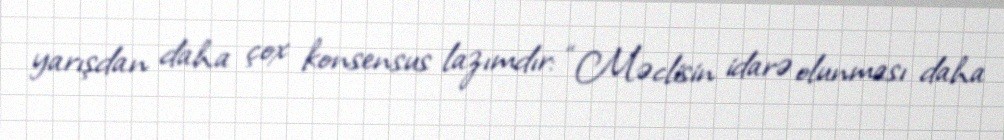
yarışdan daha çox konsensus lazımdır: “Məclisin idarə olunması daha